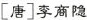
[唐]李商隐